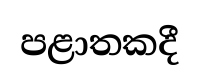
පළාතකදී